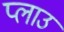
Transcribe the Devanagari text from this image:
प्लाउ